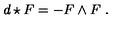
d \star F = - F \wedge F \ .